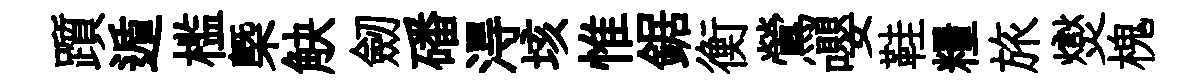
躓遁槛㮣觖劒磻淂垓惟鋸衡鶯嚶鞋糧旅爕槐